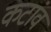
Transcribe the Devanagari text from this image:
कटांव